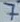
Text: 7